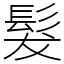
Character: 髮